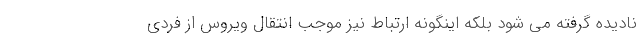
نادیده گرفته می شود بلکه اینگونه ارتباط نیز موجب انتقال ویروس از فردی